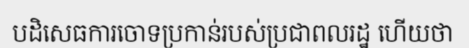
បដិសេធការចោទប្រកាន់របស់ប្រជាពលរដ្ឋ ហើយថា